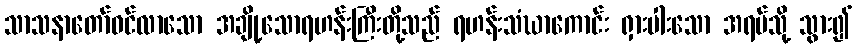
သာသနာတော်ဝင်လာသော အချို့သောရဟန်းကြီးတို့သည် ရဟန်းသံဃာကောင်း ရှားပါးသော အရပ်သို့ သွား၍